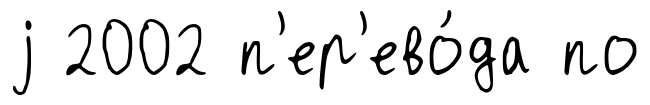
j 2002 п'ер'ево́да по